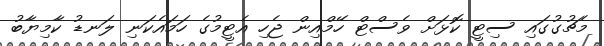
މެޗުގުގައި ސިޓީ ކޮޅަށް ވެސްޓް ހޭމްއިން ޖެހި އެޓީމުގެ ހަމައެކަނި ލަނޑު ކާމިޔާބު